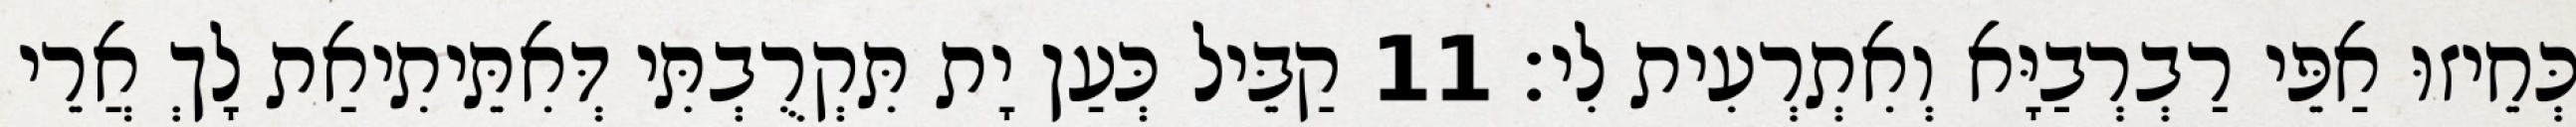
כְּחֵיזוּ אַפֵּי רַבְרְבַיָּא וְאִתְרְעִית לִי׃ 11 קַבֵּיל כְּעַן יָת תִּקְרֻבְתִּי דְּאִתֵּיתִיאַת לָךְ אֲרֵי